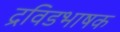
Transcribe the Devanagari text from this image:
द्रविडभाषक